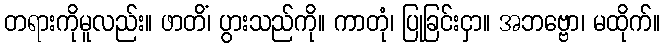
တရားကိုမူလည်း။ ဖာတိံ၊ ပွားသည်ကို။ ကာတုံ၊ ပြုခြင်းငှာ။ အဘဗ္ဗော၊ မထိုက်။